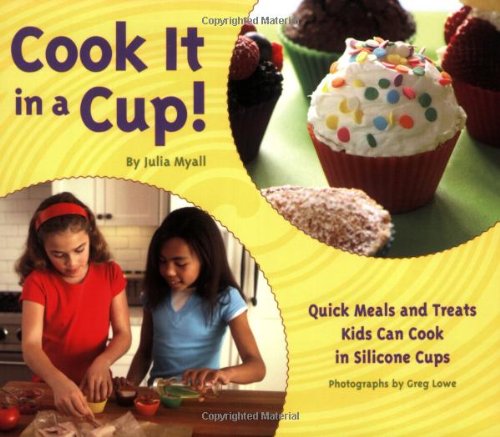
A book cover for Cook It in a Cup!: Quick Meals and Treats Kids Can Cook in Silicone Cups; Julia Myall; Children's Books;